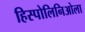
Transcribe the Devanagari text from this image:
हिस्पोलिनिओला